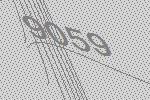
9059